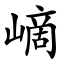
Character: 㠃